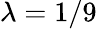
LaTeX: \lambda=1/9